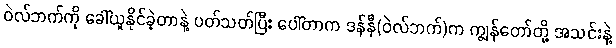
ဝဲလ်ဘက်ကို ခေါ်ယူနိုင်ခဲ့တာနဲ့ ပတ်သတ်ပြီး ပေါ်တာက ဒန််နီ(ဝဲလ်ဘက်)က ကျွန်တော်တို့ အသင်းနဲ့